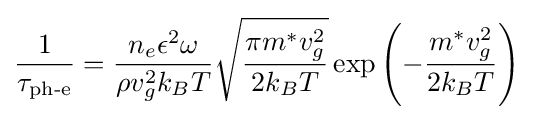
{\frac {1}{\tau _{\text{ph-e}}}}={\frac {n_{e}\epsilon ^{2}\omega }{\rho v_{g}^{2}k_{B}T}}{\sqrt {\frac {\pi m^{*}v_{g}^{2}}{2k_{B}T}}}\exp \left(-{\frac {m^{*}v_{g}^{2}}{2k_{B}T}}\right)